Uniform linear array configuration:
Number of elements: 8
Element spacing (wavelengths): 0.25
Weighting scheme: hann
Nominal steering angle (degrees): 0
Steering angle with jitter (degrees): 1.796
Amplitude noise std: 0.05
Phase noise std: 0.05

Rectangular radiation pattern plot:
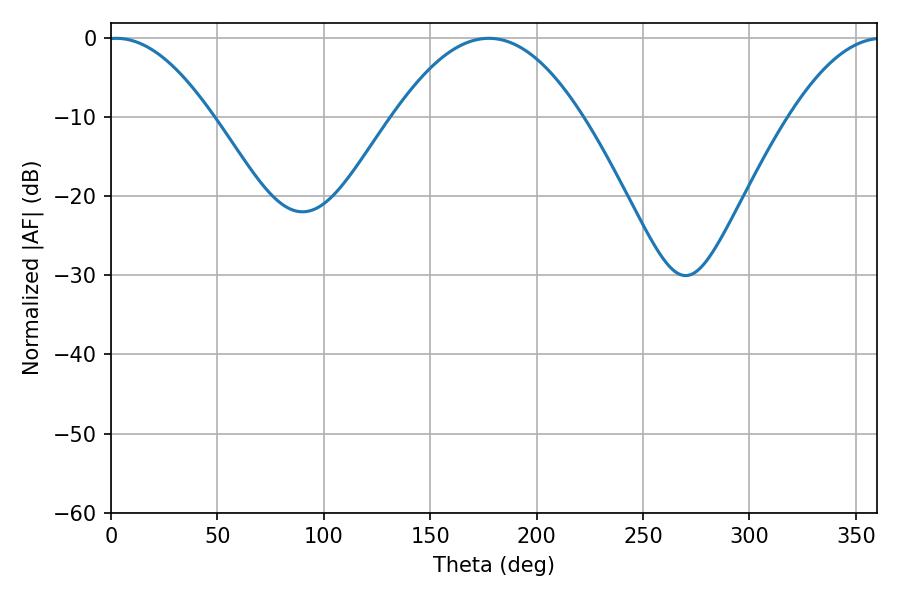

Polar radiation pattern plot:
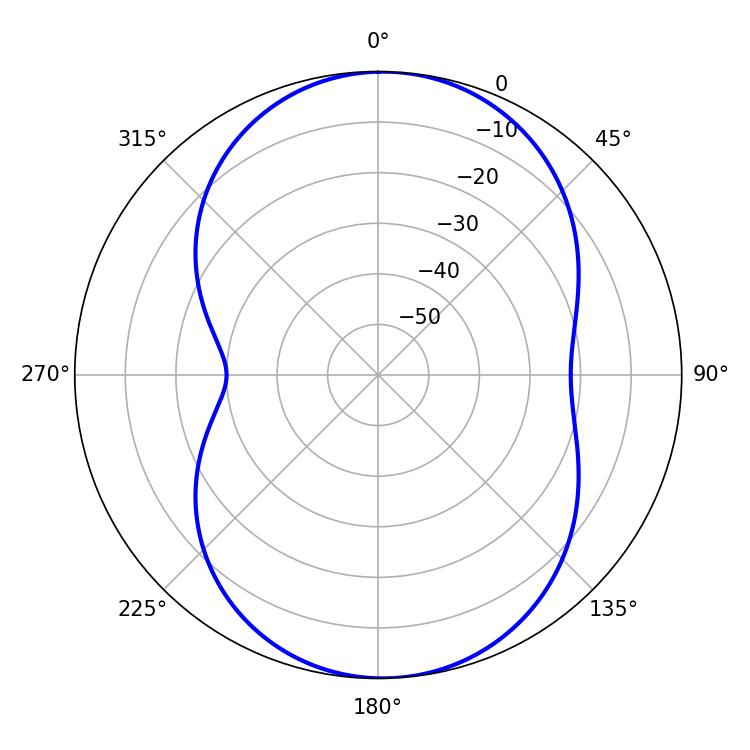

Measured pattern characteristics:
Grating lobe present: FALSE
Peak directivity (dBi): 13.35
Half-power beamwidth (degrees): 26.82
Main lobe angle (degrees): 2.52